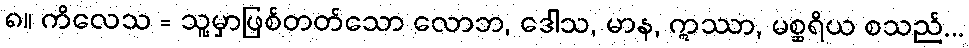
၈။ ကိလေသ = သူ့မှာဖြစ်တတ်သော လောဘ, ဒေါသ, မာန, ဣဿာ, မစ္ဆရိယ စသည်...